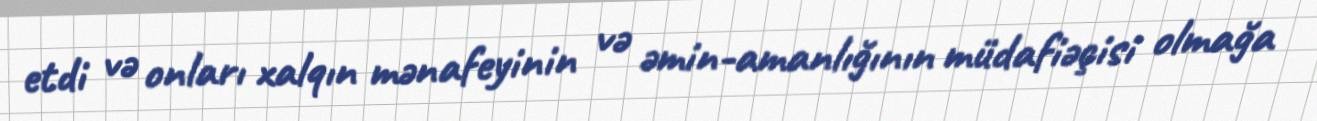
etdi və onları xalqın mənafeyinin və əmin-amanlığının müdafiəçisi olmağa